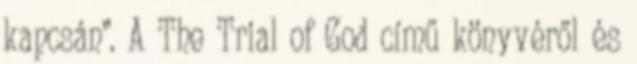
kapcsán”. A The Trial of God című könyvéről és